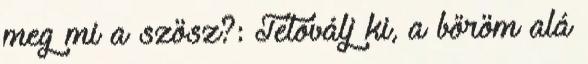
meg mi a szösz?: Tetoválj ki, a bőröm alá